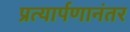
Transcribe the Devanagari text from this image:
प्रत्यार्पणानंतर